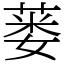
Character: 蒌